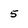
Character: 5